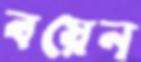
বয়েন